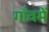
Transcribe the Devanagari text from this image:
गाँवमें